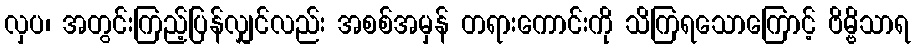
လှပ၊ အတွင်းကြည့်ပြန်လျှင်လည်း အစစ်အမှန် တရားကောင်းကို သိကြရသောကြောင့် ဗိမ္ဗိသာရ